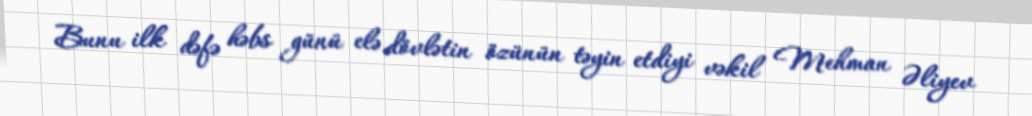
Bunu ilk dəfə həbs günü elə dövlətin özünün təyin etdiyi vəkil Mehman Əliyev